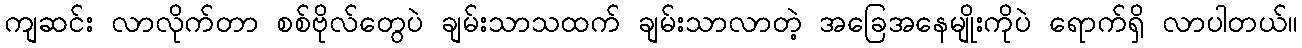
ကျဆင်း လာလိုက်တာ စစ်ဗိုလ်တွေပဲ ချမ်းသာသထက် ချမ်းသာလာတဲ့ အခြေအနေမျိုးကိုပဲ ရောက်ရှိ လာပါတယ်။